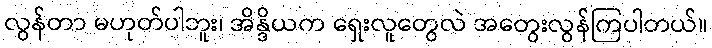
လွန်တာ မဟုတ်ပါဘူး၊ အိန္ဒိယက ရှေးလူတွေလဲ အတွေးလွန်ကြပါတယ်။